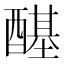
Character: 𲆺